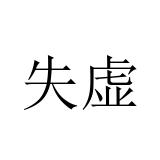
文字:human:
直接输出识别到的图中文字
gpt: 失虚